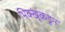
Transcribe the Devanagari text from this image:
भिक्खूंकडून